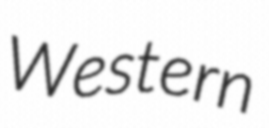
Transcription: Western